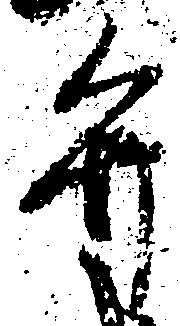
弁